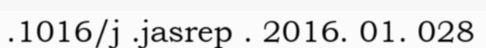
.1016/j .jasrep . 2016. 01. 028